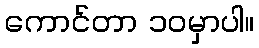
ကောင်တာ ၁၀မှာပါ။